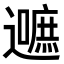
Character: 𮟛